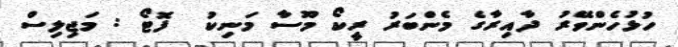
ހުޅުހެންވޭރު ދާއިރާގެ މެންބަރު ރީކޯ މޫސާ މަނިކު  ފޮޓޯ : މަޖިލިސް